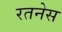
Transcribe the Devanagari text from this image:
रतनेस